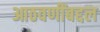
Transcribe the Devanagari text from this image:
आठवणींबद्दल